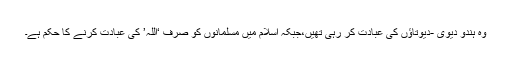
وہ ہندو دیوی -دیوتاؤں کی عبادت کر رہی تھیں،جبکہ اسلام میں مسلمانوں کو صرف ‘اللہ’ کی عبادت کرنے کا حکم ہے۔